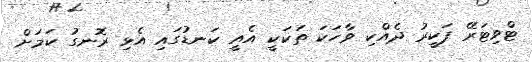
ޓްވިޓަރޭ ފަކީރު ދެއްކި ވާހަކަ ތަކަކީ އެއީ ކަނޑުގައި އެޅި ރޮނގު ކަމަށް